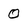
Character: 0